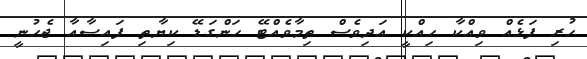
ހުރި ފަޅެއް ވިއްކާ ހިއްކީ އަދިވެސް ތިމާވެއްޓޭ ހަންގަޑޭ ކިޔާތި ފައިސާއާ ޖެހުނީ